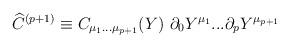
LaTeX: \begin{align*}{\widehat C}^{(p+1)} \equiv C_{\mu_1...\mu_{p+1}}(Y)\ \partial_{0} Y^{\mu_1} ... \partial_{{p}}Y^{\mu_{p+1}}\end{align*}